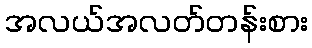
အလယ်အလတ်တန်းစား